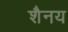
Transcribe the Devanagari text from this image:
शैनय